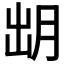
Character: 𣍧